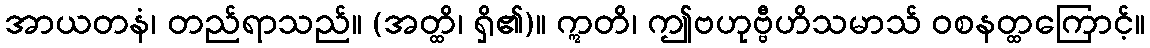
အာယတနံ၊ တည်ရာသည်။ (အတ္ထိ၊ ရှိ၏)။ ဣတိ၊ ဤဗဟုဗ္ဗီဟိသမာသ် ဝစနတ္ထကြောင့်။